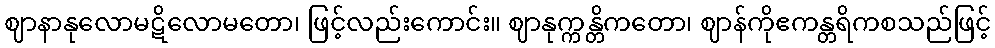
ဈာနာနုလောမဋိလောမတော၊ ဖြင့်လည်းကောင်း။ ဈာနုက္ကန္တိကတော၊ ဈာန်ကိုဧကန္တရိကစသည်ဖြင့်